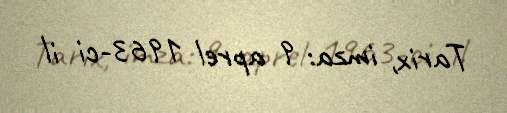
Tarix, imza: 9 aprel 1963-ci il